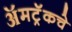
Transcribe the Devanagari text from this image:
ॲमट्रॅकचे